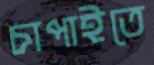
চাপাইতে